Indian journal of veterinary science and animal husbandry - Volumes 26-27, 1956-1957
Year: 1956
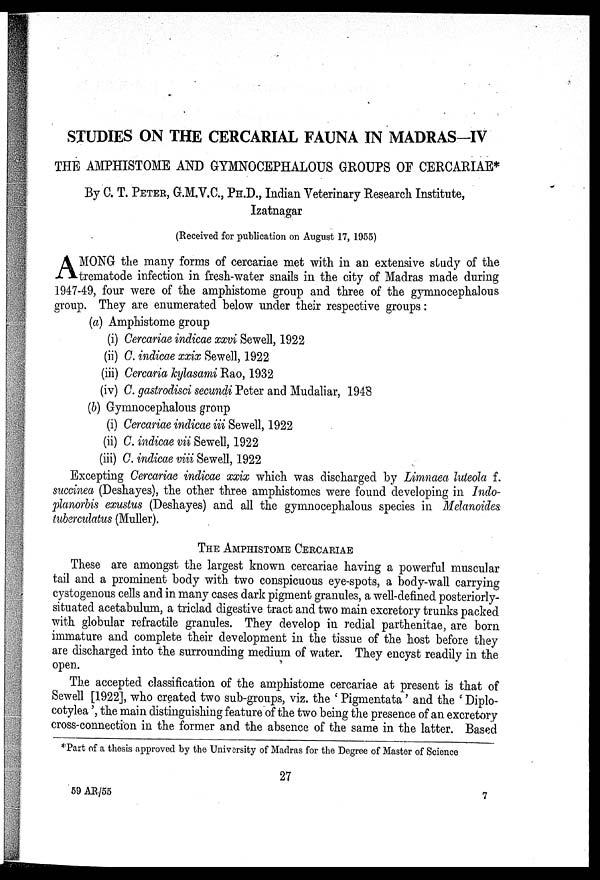
STUDIES ON THE CERCARIAL FAUNA IN MADRAS-IV
THE AMPHISTOME AND GYMNOCEPHALOUS GROUPS OF CERCARIAE*
By C. T. PETER, G.M.V.C., PH.D., Indian Veterinary Research Institute,
Izatnagar
(Received for publication on August 17, 1955)
A MONG the many forms of cercariae met with in an extensive study of the
trematode infection in fresh-water snails in the city of Madras made during
1947-49, four were of the amphistome group and three of the gymnocephalous
group. They are enumerated below under their respective groups :
(a) Amphistome group
(i) Cercariae indicae xxvi Sewell, 1922
(ii) C. indicae
Sewell, 1922
(iii) Cercaria kylasami Rao, 1932
(iv) C. gastrodisci secundi Peter and Mudaliar, 1948
(b) Gymnocephalous group
(i) Cercariae indicae iii Sewell, 1922
(ii) C. indicae vii Sewell, 1922
(iii) C. indicae viii Sewell, 1922
Excepting Cercariae indicae xxix which was discharged by Limnaea luteola f.
succinea (Deshayes), the other three amphistomes were found developing in Indo-
planorbis exustus (Deshayes) and all the gymnocephalous species in Melanoides
tuberculatus (Muller).
THE AMPHISTOME CERCARIAE
These are amongst the largest known cercariae having a powerful muscular
tail and a prominent body with two conspicuous eye-spots, a body-wall carrying
cystogenous cells and in many cases dark pigment granules, a well-defined posteriorly-
situated acetabulum, a triclad digestive tract and two main excretory trunks packed
with globular refractile granules. They develop in redial parthenitae, are born
immature and complete their development in the tissue of the host before they
are discharged into the surrounding medium of water. They encyst readily in the
open.
The accepted classification of the amphistome cercariae at present is that of
Sewell [1922], who created two sub-groups, viz. the ' Pigmentata ' and the ' Diplo-
cotylea ', the main distinguishing feature of the two being the presence of an excretory
cross-connection in the former and the absence of the same in the latter. Based
*Part of a thesis approved by the University of Madras for the Degree of Master of Science
27
59 AR/55
7